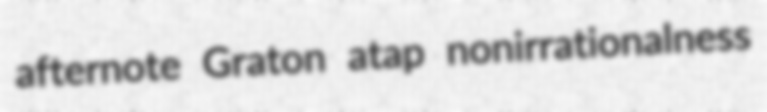
afternote Graton atap nonirrationalness